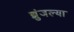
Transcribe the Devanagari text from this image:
झुंजल्या